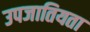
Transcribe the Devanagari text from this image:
उपजातियता